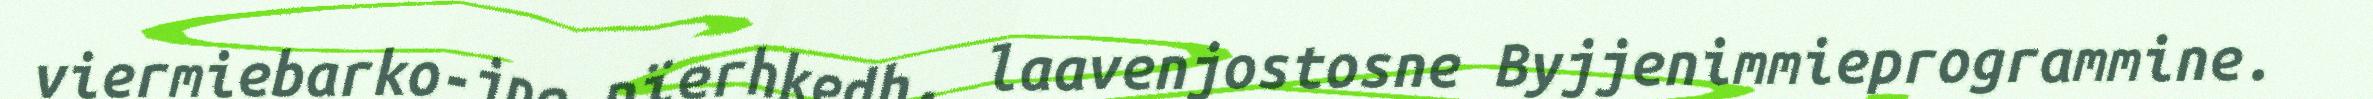
viermiebarko-jne nïerhkedh, laavenjostosne Byjjenimmieprogrammine.